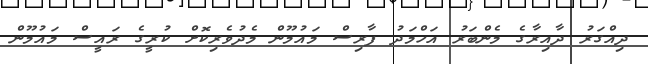
ދިއްގަރު ދާއިރާގެ މެންބަރު އަހްމަދު ފާރިސް މައުމޫން މެދުވެރިކޮށް ކުރީގެ ރައީސް މައުމޫން